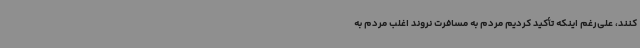
کنند، علی‌رغم اینکه تأکید کردیم مردم به مسافرت نروند اغلب مردم به